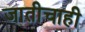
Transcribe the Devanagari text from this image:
जातीचाही